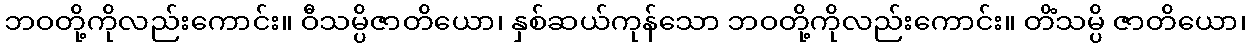
ဘဝတို့ကိုလည်းကောင်း။ ဝီသမ္ပိဇာတိယော၊ နှစ်ဆယ်ကုန်သော ဘဝတို့ကိုလည်းကောင်း။ တိံသမ္ပိ ဇာတိယော၊